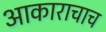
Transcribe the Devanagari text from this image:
आकाराचाच